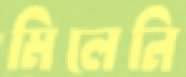
মিলেনি